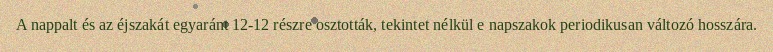
A nappalt és az éjszakát egyaránt 12-12 részre osztották, tekintet nélkül e napszakok periodikusan változó hosszára.